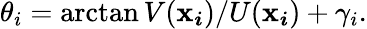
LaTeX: \theta_{i}=\arctan{V(\boldsymbol{\mathbf{x}_{i}})/U(\boldsymbol{\mathbf{x}_{i}})+\gamma_{i}}.